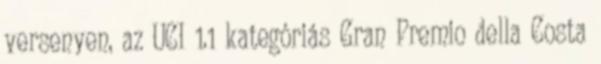
versenyen, az UCI 1.1 kategóriás Gran Premio della Costa